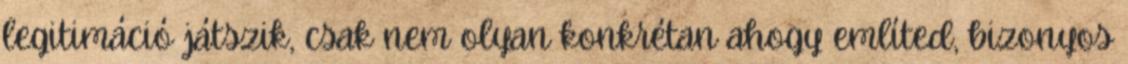
legitimáció játszik, csak nem olyan konkrétan ahogy említed, bizonyos